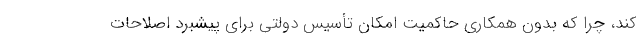
کند، چرا که بدون همکاری حاکمیت امکان تأسیس دولتی برای پیشبرد اصلاحات